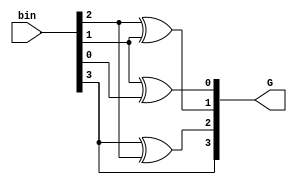
module bin2gray
        (input [3:0] bin, //binary input
         output [3:0] G //gray code output
        );



assign G[3] = bin[3];
assign G[2] = bin[3] ^ bin[2];
assign G[1] = bin[2] ^ bin[1];
assign G[0] = bin[1] ^ bin[0];

endmodule